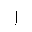
Letter: _alif